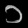
Digit: ၁